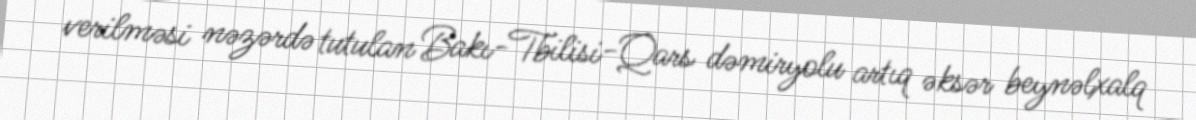
verilməsi nəzərdə tutulan Bakı-Tbilisi-Qars dəmiryolu artıq əksər beynəlxalq